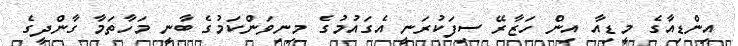
އިންޑިއާގެ މީޑިއާ އިން ހަޒާރޭ ސިފަކުރަނީ އެގައުމުގެ މިނިވަންކަމުގެ ބާނީ މަހާތަމާ ގާންދީގެ